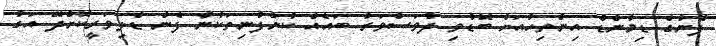
ފެނުގެ ޑިމާންޑް އިންތިހާއަށް ބޮޑުވި ދުވަސްވަރު ބައެއް ކުންފުނިތަކުން ފެން ޑެލިވަރީކޮށްދޭ އަގު